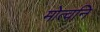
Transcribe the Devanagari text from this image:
मोत्वनि